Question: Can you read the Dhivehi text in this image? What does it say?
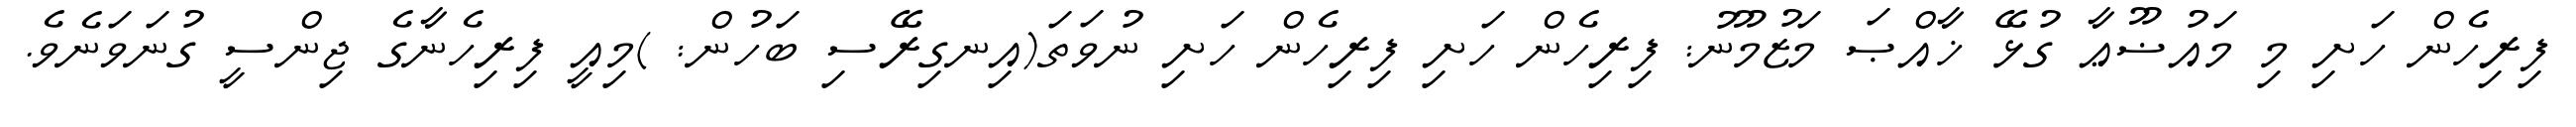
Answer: ފިރިހެން ހަށި މި މައުޟޫޢާ ގުޅޭ ޚާއްޞަ މަޒުމޫނު: ފިރިހެން ހަށި ފިރިހެން ހަށި ނުވަތަ(އިނގިރޭސި ބަހުން: )މިއީ ފިރިހެނާގެ ޖިންސީ ގުނަވަނެވެ.